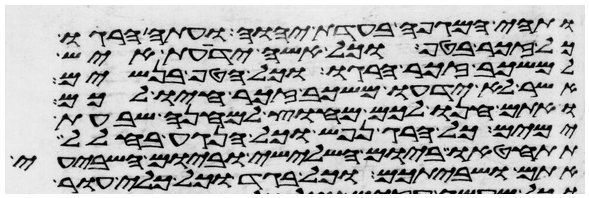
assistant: ותהי המגפה בעדת יהוה ועתה הרגו
כל זכר בטף וכל אשה ידעת איש
למשכב זכר הרגו וכל הטף בנשים
אשר לא ידעו משכב זכר חיו לכם
ואתם חנו לכם מחוץ למחנה שבעת
ימים כל הרג נפש וכל הנגע בחלל
תתחטאו ביום השלישי וביום השביעי
אתם ושביתכם וכל בגד וכל כלי עור